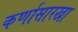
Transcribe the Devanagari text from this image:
कर्णासारखा